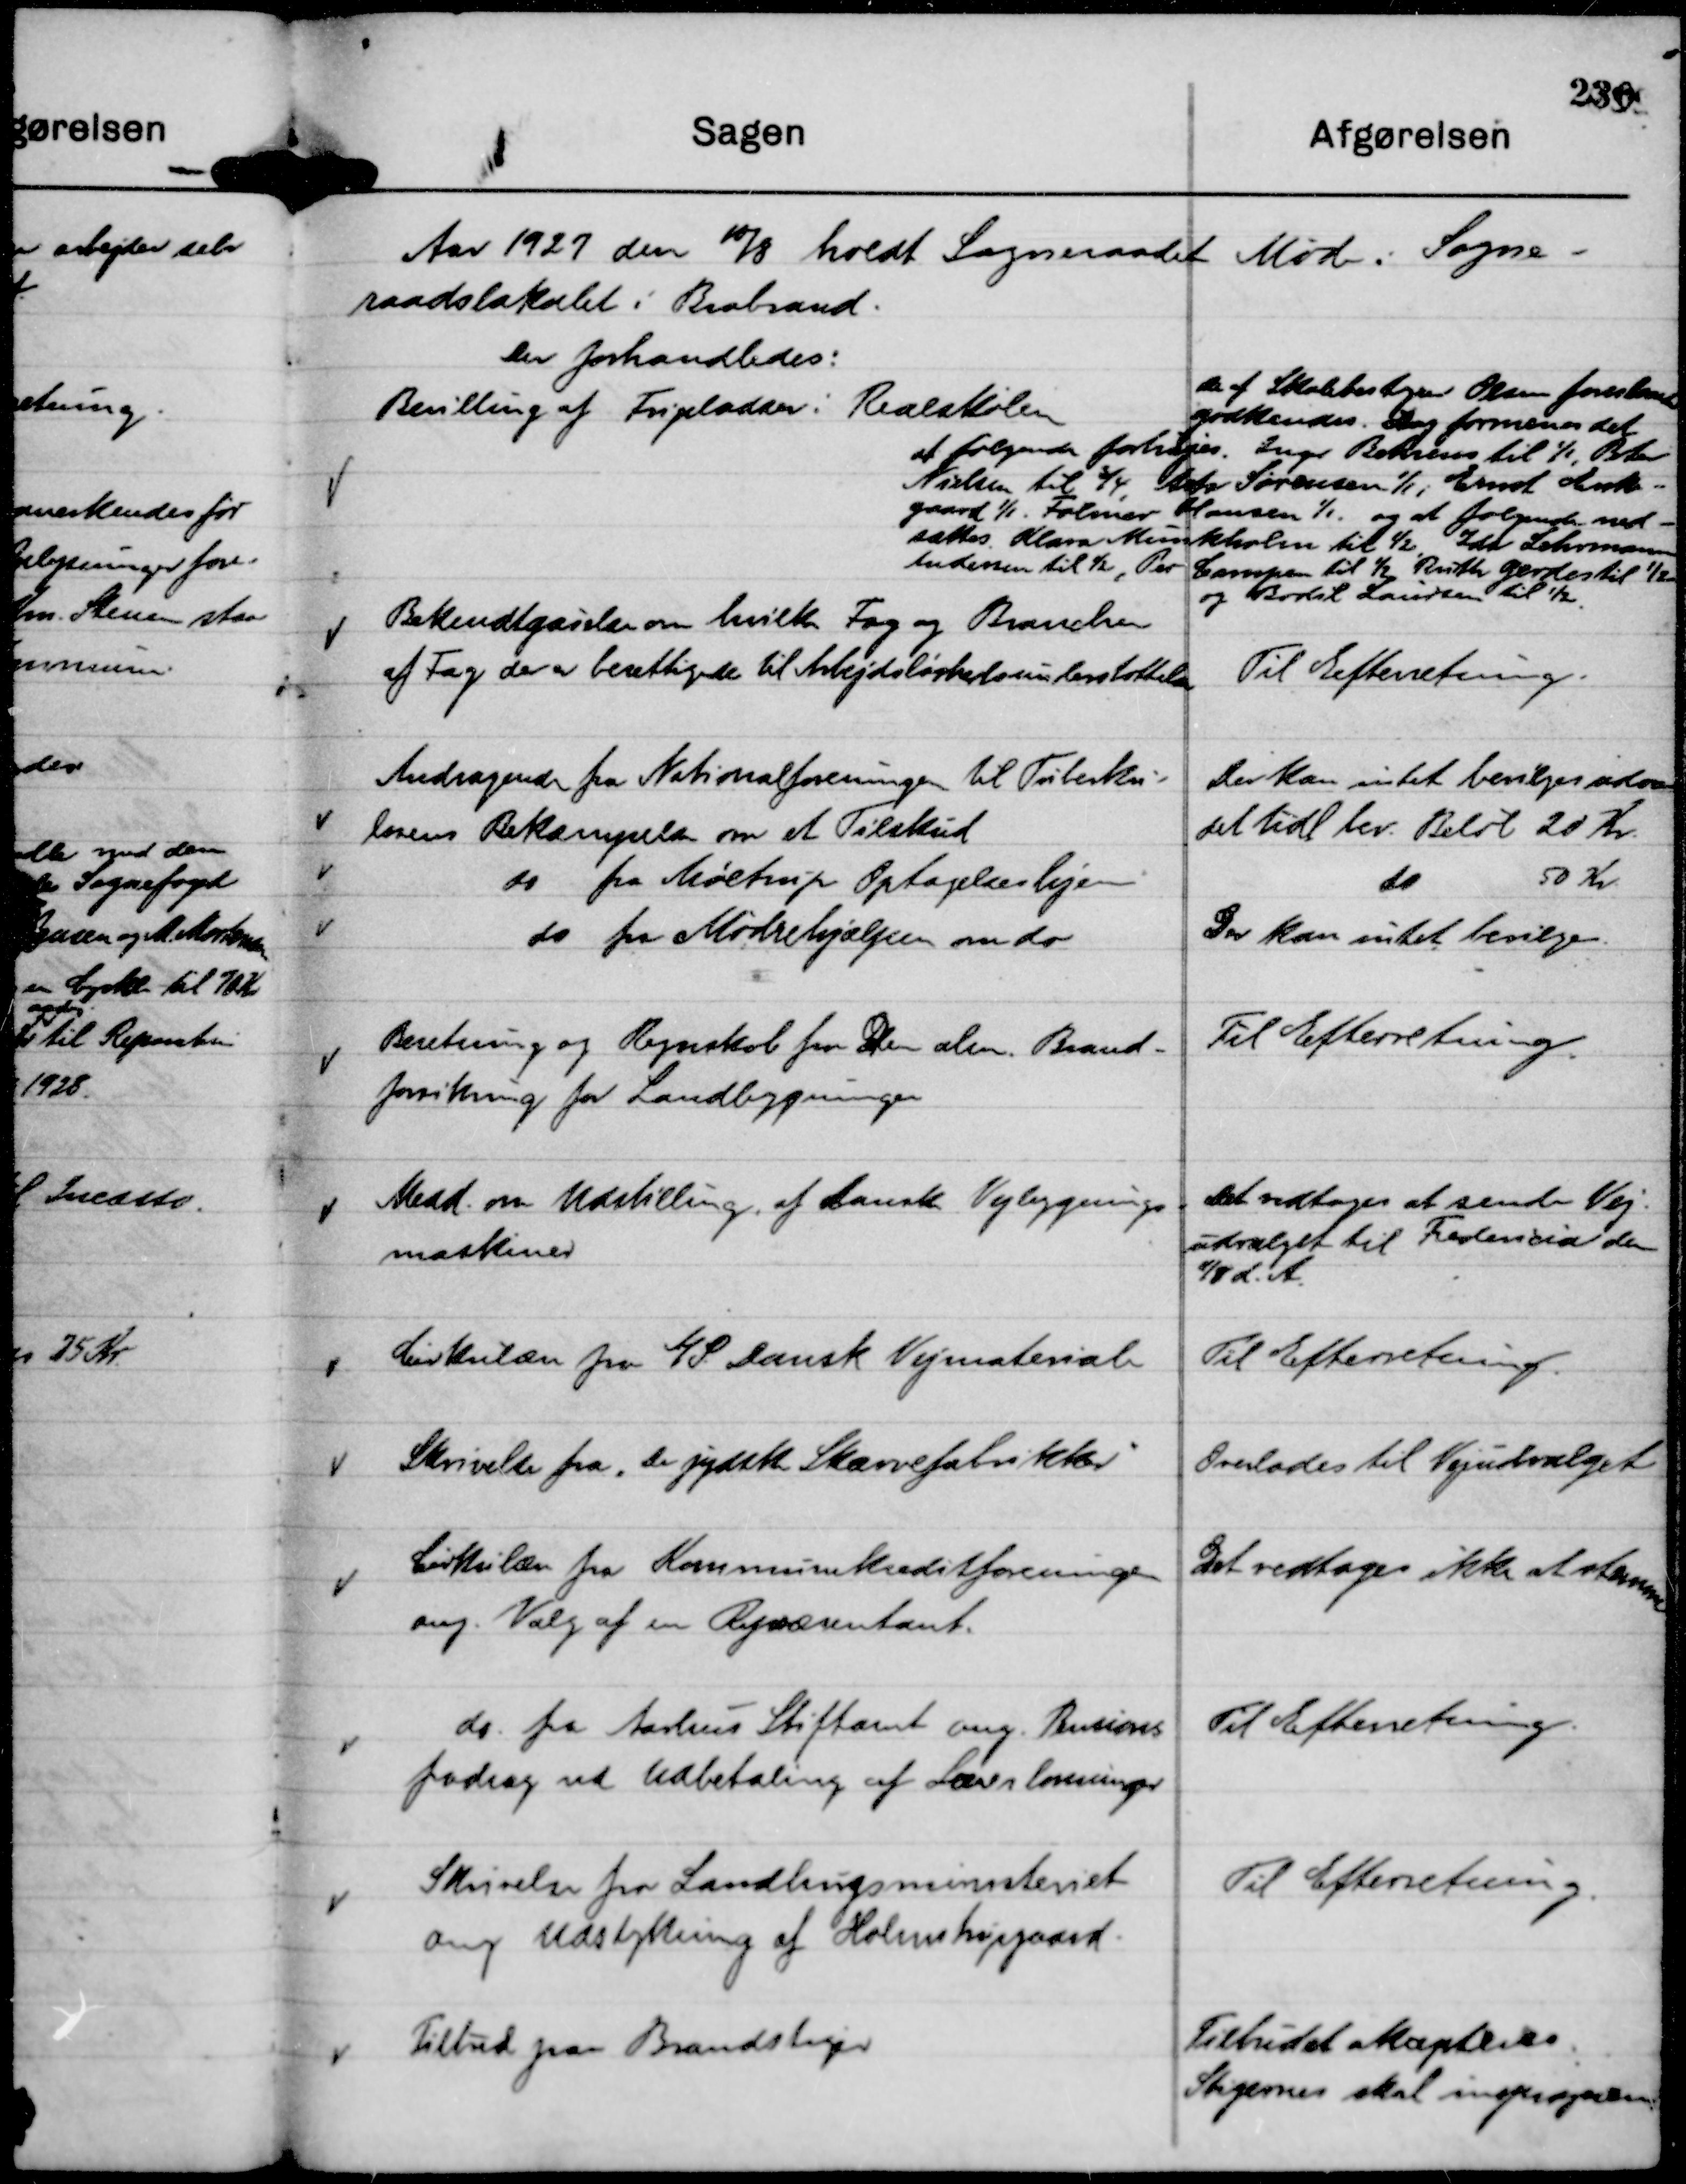
Transskription:
Aar 1927 den

10/8 holdt Sogneraadet Møde i Sogne-
raadslokalet i Brabrand.
Der forhandledes:

Bevilling af Fripladser i Realskolen

De af Skolebestyrer Olsen foreskrevne
godkendes. Dog formenes det
at følgende forhøjes. Inger Behrens til 1/1, Peter
Nielsen til ¾, Asta Sørensen 1/1, Ernst Enke-
gaard 1/1, Folmer Hansen 1/1 og at følgende ned- 
sættes Klara Munkholm til ½ , Ida Lehrmann
Andersen til ½, Per Campen til ½ Ruth Gerdes til ½
og Bodil Laursen til ½.

Bekendtgørelse om hvilke Fag og Brancher
af Fag der er berettigede til Arbejdsløshedsunderstøttelse

Til Efterretning.

Beretning og Regnskab fra Den alm. Brand-
forsikring for Landbygninger

Til Efterretning.

Medd. om Udstilling af danske Vejbygnings
maskiner

Det vedtoges at sende Vej-
udvalget til Fredericia den
11/8 d. A.

Cirkulære fra A/S. Dansk Vejmateriale

Til Efterretning.

Skrivelse fra "De jyske Skærvefabrikker"

Overlodes til Vejudvalget

Cirkulære fra Kommunekreditforeningen
ang. Valg af en Repræsentant.

Det vedtages ikke at stemme

do. fra Aarhus Stiftamt ang. Pensions
fradrag ved Udbetaling af Lærerlønninger

Til Efterretning.

Skrivelse fra Landbrugsministeriet
ang Udstykning af Holmstrupgaard.

Til Efterretning.

Tilbud paa Brandstiger

Tilbudet akcepteres
Stigernes skal inspisgeres